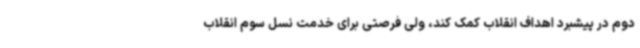
دوم در پیشبرد اهداف انقلاب کمک کند، ولی فرصتی برای خدمت نسل سوم انقلاب